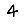
Digit: 4